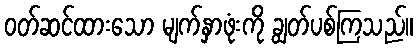
ဝတ်ဆင်ထားသော မျက်နှာဖုံးကို ချွတ်ပစ်ကြသည်။